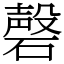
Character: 磬